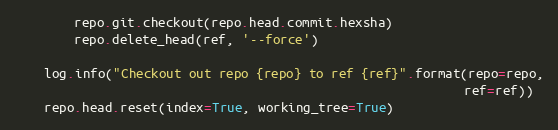
Language: Python
        repo.git.checkout(repo.head.commit.hexsha)
        repo.delete_head(ref, '--force')

    log.info("Checkout out repo {repo} to ref {ref}".format(repo=repo,
                                                            ref=ref))
    repo.head.reset(index=True, working_tree=True)